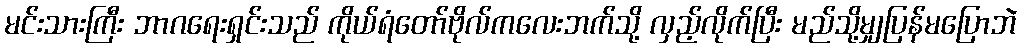
မင်းသားကြီး ဘာဂရေးရှင်းသည် ကိုယ်ရံတော်ဗိုလ်ကလေးဘက်သို့ လှည့်လိုက်ပြီး မည်သို့မျှပြန်မပြောဘဲ